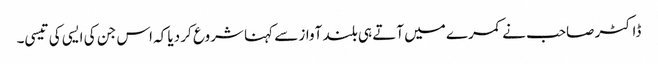
ڈاکٹر صاحب نے کمرے میں آتے ہی بلند آواز سے کہنا شروع کر دیا کہ اس جن کی ایسی کی تیسی۔